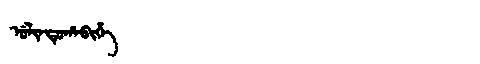
Manchu: ᡠᠯᡳᠨᡨᡠᡥᠠᠪᡳᡥᡝ
Romanization: ULINTUHABIHE